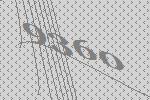
9360